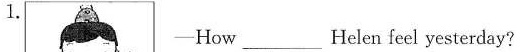
1.-How___Helen feel yesterday?